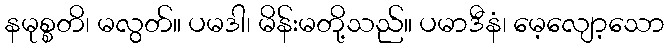
နမုစ္စတိ၊ မလွတ်။ ပမဒါ၊ မိန်းမတို့သည်။ ပမာဒီနံ၊ မေ့လျော့သော